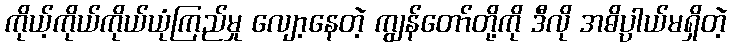
ကိုယ့်ကိုယ်ကိုယ်ယုံကြည်မှု လျော့နေတဲ့ ကျွန်တော်တို့ကို ဒီလို အဓိပ္ပါယ်မရှိတဲ့